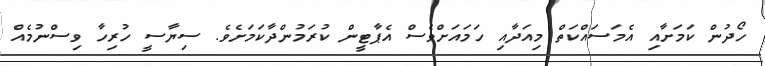
ހޯދުން ކަމަށާއި އެމަސައްކަތް މިއަދާއި ހަމައަށްވެސް އެޕާޓީން ކުރަމުންދާކަމަށެވެ. ސިޔާސީ ހުރިހާ ވިސްނުމެއް